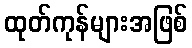
ထုတ်ကုန်များအဖြစ်